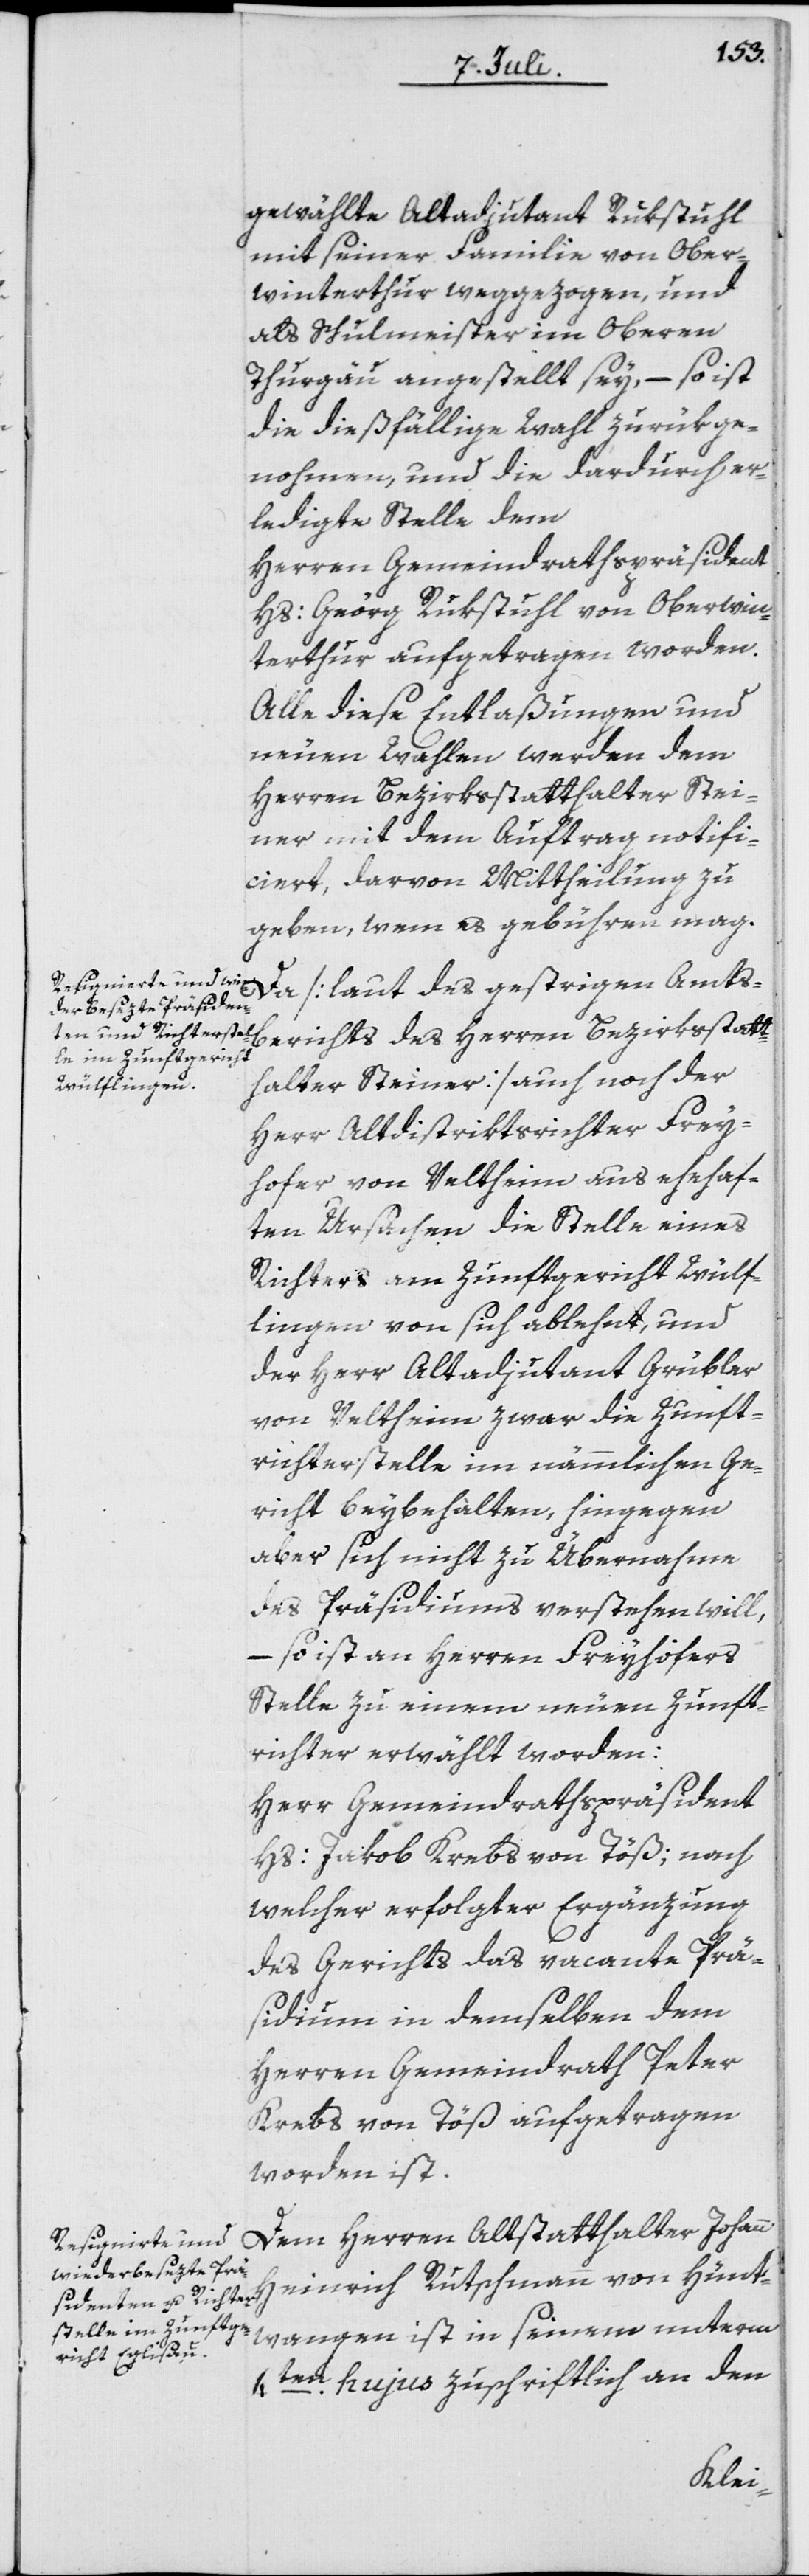
gewählte Altadjutant Rukstuhl
mit seiner Familie von Ober¬
winterthur weggezogen, und
als Schulmeister im Oberen
Thurgäu angestellt sey, – so ist
die dießfällige Wahl zurükge¬
nohmen, und die dardurch er¬
ledigte Stelle dem
Herren Gemeindrathspräsident
Hs: Georg Rukstuhl von Oberwin¬
terthur aufgetragen worden.
Alle diese Entlaßungen und
neuen Wahlen werden dem
Herren Bezirksstatthalter Stei¬
ner mit dem Auftrag notifi¬
ciert, darvon Mittheilung zu
geben, wem es gebühren mag.
Da [laut des gestrigen Amts¬
berichts des Herren Bezirksstatt¬
halter Steiner] auch noch der
Herr Altdistriktsrichter Frey¬
hofer von Veltheim aus ehehaf¬
ten Ursachen die Stelle eines
Richters am Zunftgericht Wülf¬
lingen von sich ablehnt, und
der Herr Altadjutant Grübler
von Veltheim zwar die Zunft¬
richterstelle im nämmlichen Ge¬
richt beybehalten, hingegen
aber sich nicht zu Übernahme
des Präsidiums verstehen will,
– so ist an Herren Freyhofers
Stelle zu einem neuen Zunft¬
richter erwählt worden:
Herr Gemeindrathspräsident
Hs: Jakob Krebs von Töß; nach
welcher erfolgter Ergänzung
des Gerichts das vacante Prä¬
sidium in demselben dem
Herren Gemeindrath Peter
Krebs von Töß aufgetragen
worden ist.
Dem Herren Altstatthalter Johann
Heinrich Rutschmann von Hünt¬
wangen ist in seinem unterm
4ten hujus zuschriftlich an den